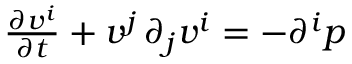
\begin{array} { r } { \frac { \partial v ^ { i } } { \partial t } + v ^ { j } \, \partial _ { j } v ^ { i } = - \partial ^ { i } p } \end{array}